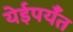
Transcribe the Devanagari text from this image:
येईपर्यँत